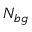
N _ { b g }